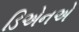
ડિએનએ